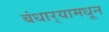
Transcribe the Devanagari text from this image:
बंधार्‍यामधून